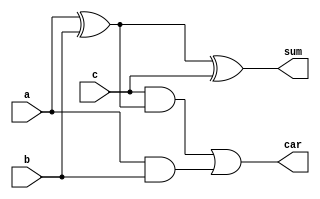
module FullAdder (a,b,c,sum,car);
input a,b,c;
output sum,car;

wire x1,x2,x3;

xor gateXOR1(x1,a,b);
xor gateSUM(sum,x1,c);
and gateAND1(x2,c,x1);
and gateAND2(x3,a,b);
or gateCARRY(car,x2,x3);

endmodule